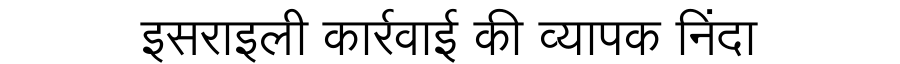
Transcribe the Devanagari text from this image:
इसराइली कार्रवाई की व्यापक निंदा